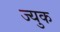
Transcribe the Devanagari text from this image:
ज्युक